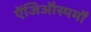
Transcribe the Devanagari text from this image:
ऐंजिऔस्पर्मों